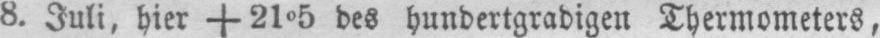
8. Juli, hier +2105 des hundertgradigen Thermometers,